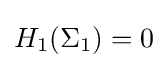
H_{1}(\Sigma _{1})=0